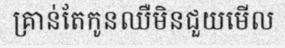
គ្រាន់តែកូនឈឺមិនជួយមើល